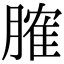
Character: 𦞦